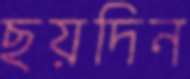
ছয়দিন